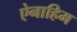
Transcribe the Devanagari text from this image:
ऐनाहिम